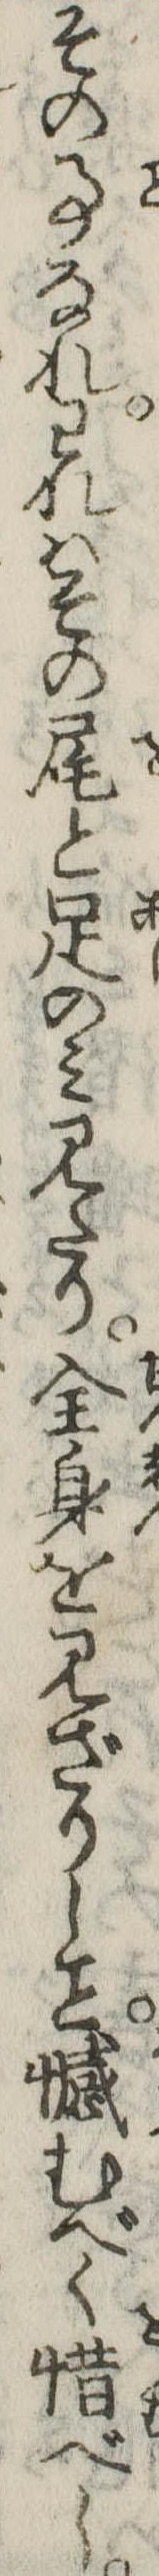
その事なれわれはその尾と足のみ見たり全身を見ざりし憾むべく惜べし